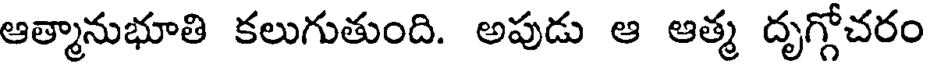
ఆత్మానుభూతి కలుగుతుంది. అపుడు ఆ ఆత్మ దృగ్గోచరం